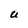
Character: U